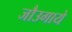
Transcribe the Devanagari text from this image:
जौउगाये